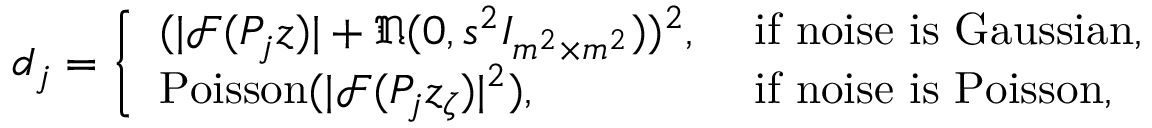
\begin{array} { r } { d _ { j } = \left\{ \begin{array} { l l } { ( | \mathcal { F } ( P _ { j } z ) | + \mathfrak { N } ( 0 , s ^ { 2 } I _ { m ^ { 2 } \times m ^ { 2 } } ) ) ^ { 2 } , } & { \mathrm { ~ i f ~ n o i s e ~ i s ~ G a u s s i a n } , } \\ { \mathrm { P o i s s o n } ( | \mathcal { F } ( P _ { j } z _ { \zeta } ) | ^ { 2 } ) , } & { \mathrm { ~ i f ~ n o i s e ~ i s ~ P o i s s o n , } } \end{array} \right. } \end{array}